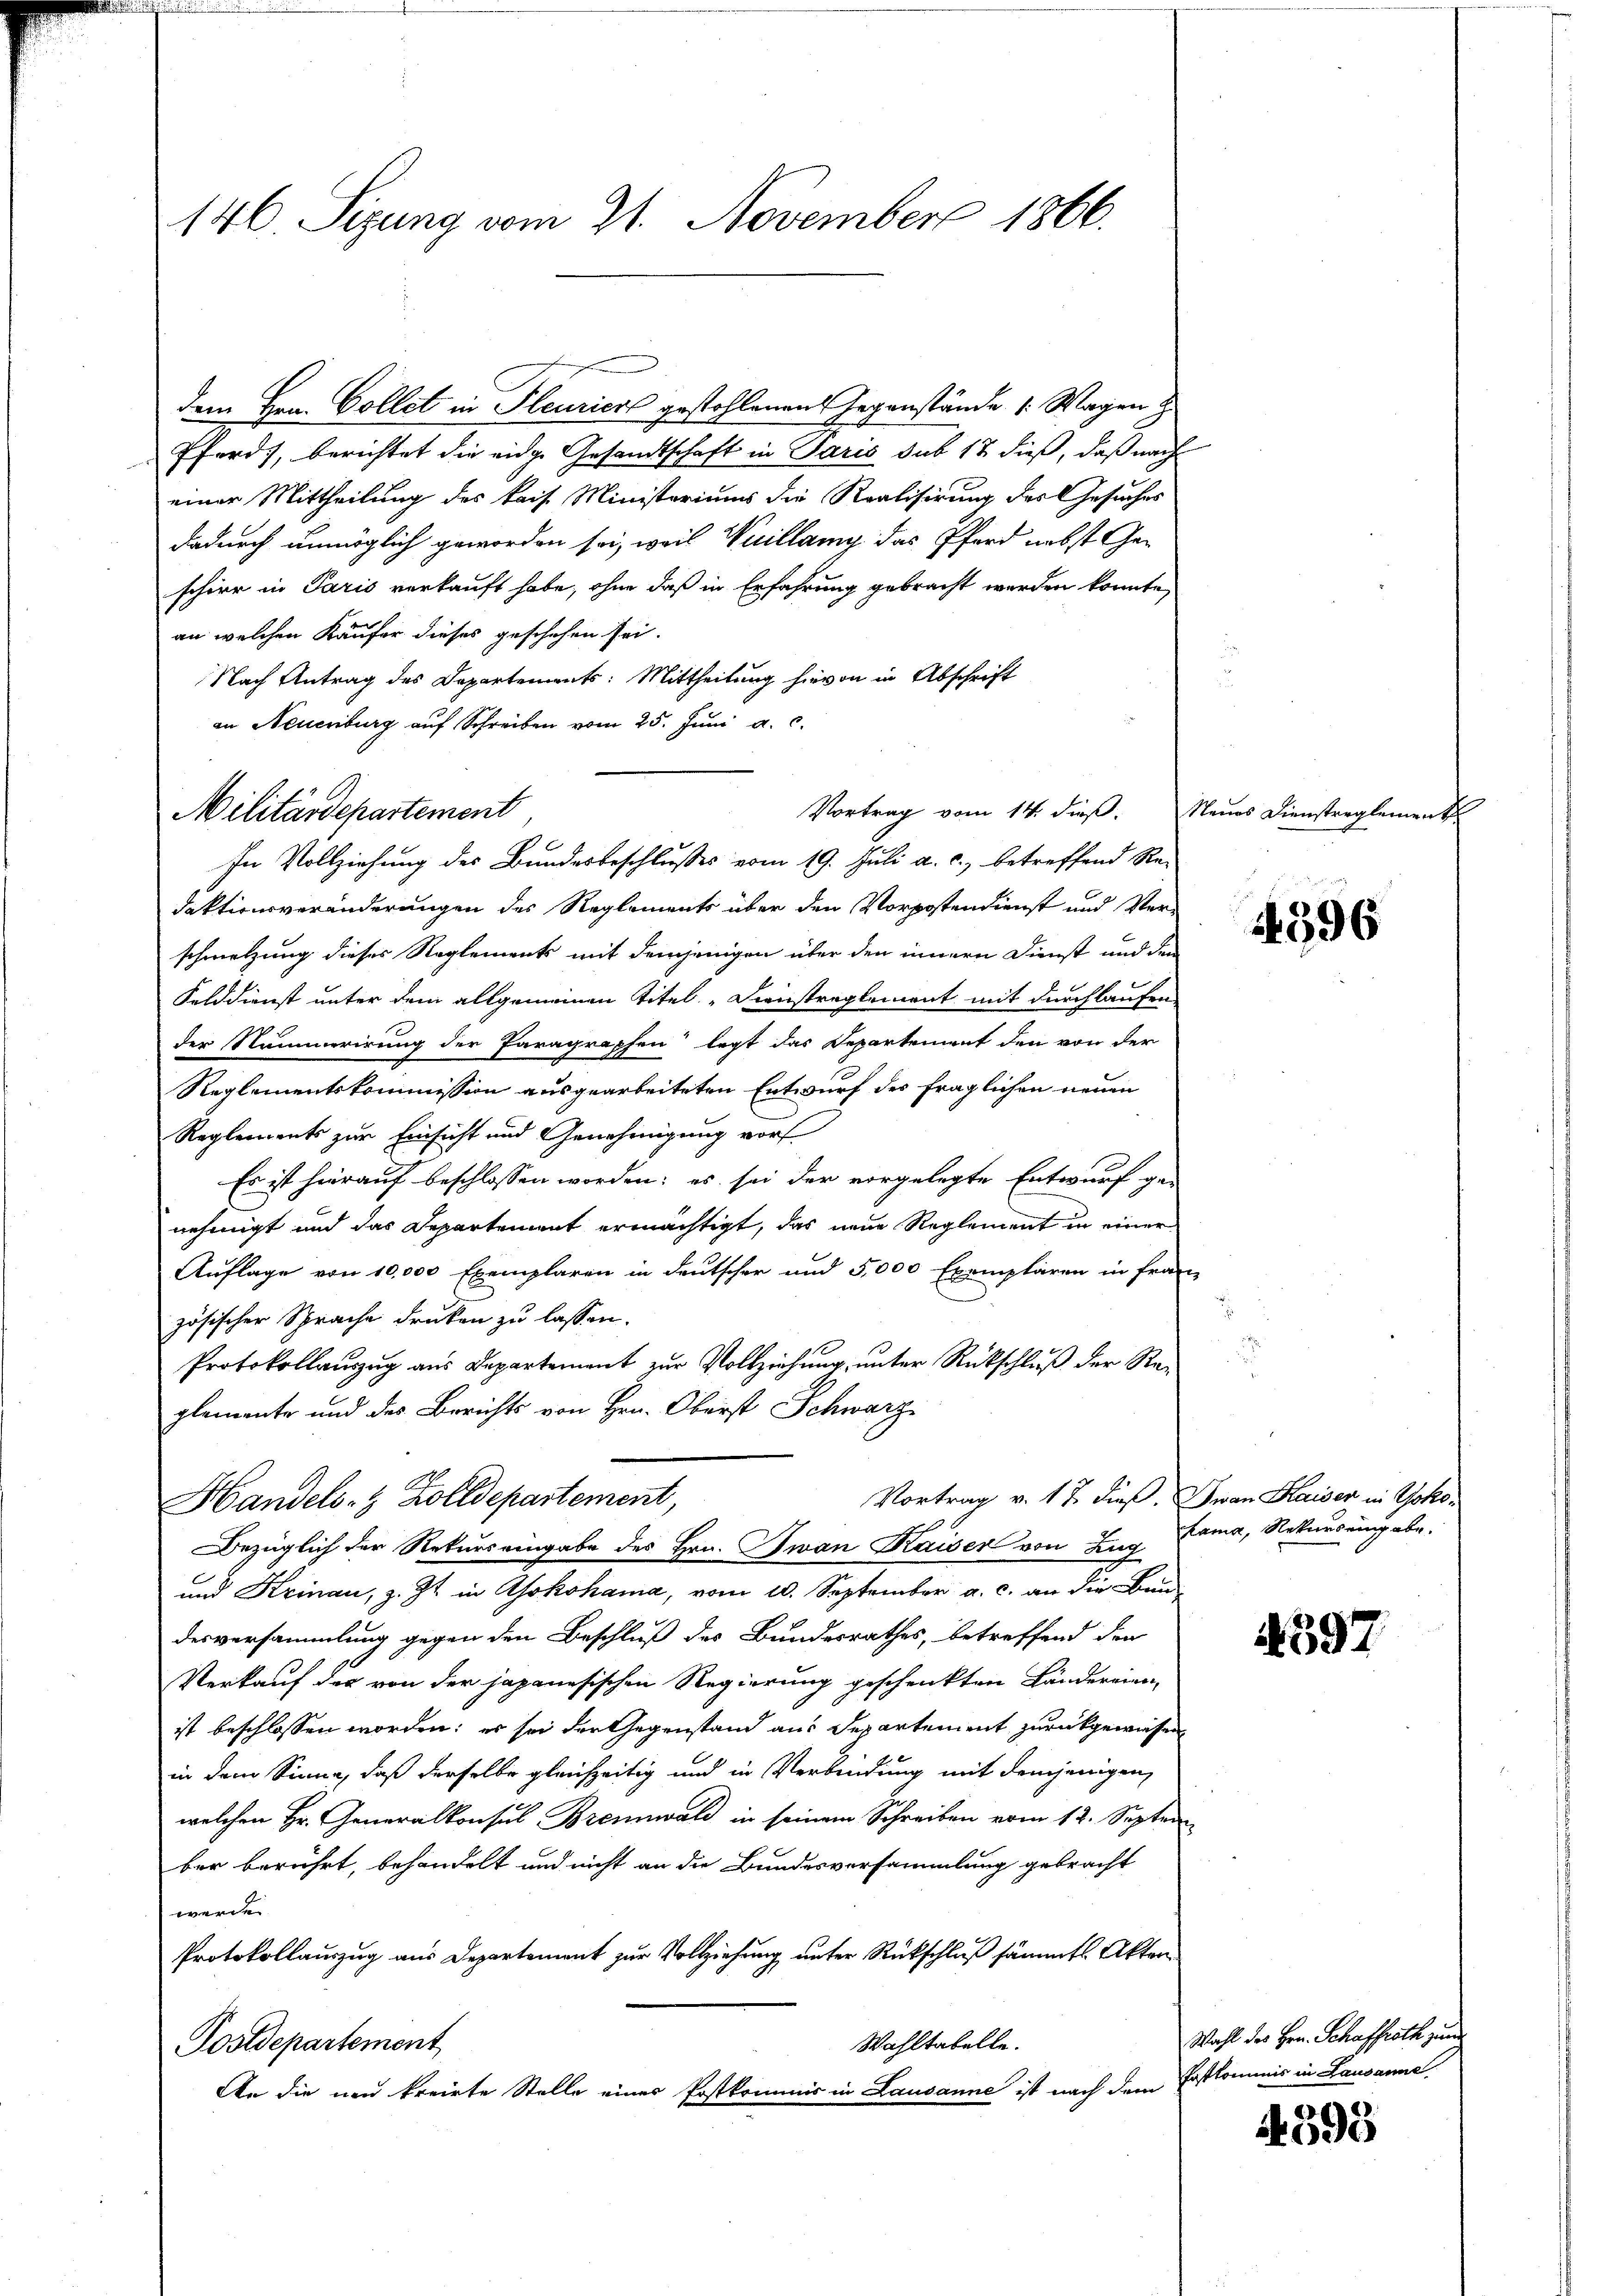
146 Sizung vom 21. November 1866.

Militärdepartement

dem Hrn. Collet in Pleuriert gestohlenen Gegenstände (Wagen z
Pferd, berichtet die eidge Gesandtschaft in Paris sub 18 dieß, daß nach
einer Mittheilung des kais. Ministeriums die Realisirung des Gesuches
dadurch unmöglich geworden sei, weil Nuillamy das Pferd nebst Geschier in Paris verkauft habe, ohne daß in Erfahrung gebracht werden könnte,
an welchen Käufer dieses geschehen sei.
Nach Antrag des Departements: Mittheilung hievon in Abschrift
an Neuenburg auf Schreiben vom 25. Jŭni a. c.
daktionsveränderungen des Reglements über den Vorpostendienst und Verschnetzung dieses Reglements mit demjenigen über den innern Dienst und den
Felddienst unter dem allgemeinen Titel. Dienstreglement mit durchlaufen
der Nummerirung der Paragraphen legt das Departement den von der
Reglementskommission ausgearbeiteten Entwurf des fraglichen neuen
Reglements zur Einsicht und Genehmigung vorf
Es ist hierauf beschlossen worden; es sei der vorgelegte Entwurf ge-
nehmigt und das Departement ermächtigt, das neue Reglement in einer
Auflage von 10,000 Exemplaren in deutscher und 5,000 Exemplaren in franz
zösischer Sprache drucken zu lassen.
Protokollauszug aus Departement zur Vollziehung, unter Rückschluß der Reglemente und des Berichts von Hrn. Oberst Schwarz
Vortrag v. 17 dieß. Iwan Kaisen in Yoko¬
Handels- & Zolldepartement,
Bezüglich der Rekurs eingabe des Hrn. Jwan Kaiser von Lag
und Krinau, z. Zt. in Yokohama, vom 10. September a. c. an die Bau-
desversammlung gegen den Beschluß des Bundesrathes, betreffend den
Verkauf der von der japanesischen Regierung geschenkten Ländereinist beschlossen worden; es sei der Gegenstand aus Departement zurückgewiesen
in dem Sinne, daß derselbe gleichzeitig und in Verbindung mit demjenigen
welchen Hr. Generalkonsul Brennwald in seinem Schreiben vom 12. Septem
ber berührt, behandelt und nicht an die Bundesversammlung gebracht
werde
Protokollauszug aus Departement zur Vollziehung unter Rückschluß sämmtl. Akten
Wahltabelle.
Postdepartement
An die nun freirte Stelle eines Postkommis in Lausanne ist nach dem

In Vollziehung des Bundesbeschlusses vom 19. Juli a. c., betreffend Re-

Vortrag vom 14. dieß. Neues Dienstreglement

596

Rama, Rekurseingabe.

439

Wahl des Hrn. Schaffrath zum
Fatkommnis in Lausanne

e
4595